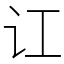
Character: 讧